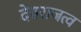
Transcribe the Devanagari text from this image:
देवराजत्व